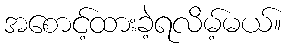
အစောင့်ထားခဲ့ရလိမ့်မယ်။